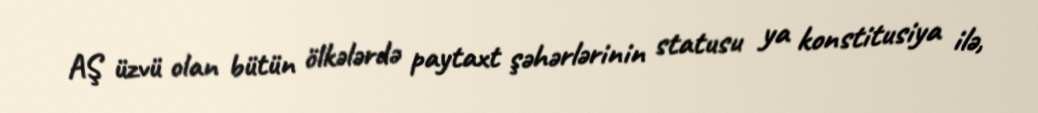
AŞ üzvü olan bütün ölkələrdə paytaxt şəhərlərinin statusu ya konstitusiya ilə,